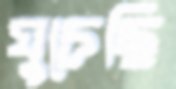
ঘুচেছি